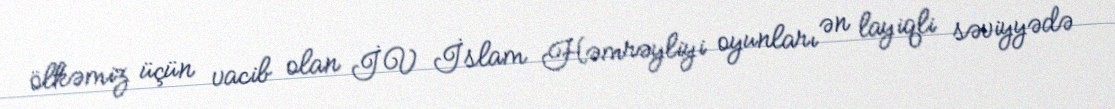
ölkəmiz üçün vacib olan İV İslam Həmrəyliyi oyunları ən layiqli səviyyədə